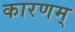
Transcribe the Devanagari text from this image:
कारणम्